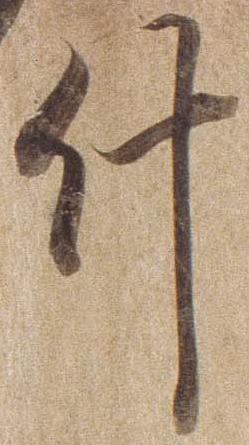
什